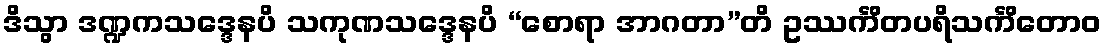
ဒိသွာ ဒဏ္ဍကသဒ္ဒေနပိ သကုဏသဒ္ဒေနပိ “စောရာ အာဂတာ”တိ ဥဿင်္ကိတပရိသင်္ကိတောဝ